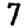
Digit: 7